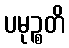
ပမုဉ္စတိ